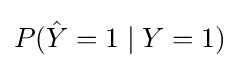
P({\hat {Y}}=1\mid Y=1)